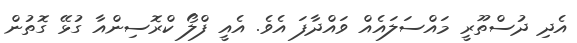
އެދި ދުސްތޫރީ މައްސަލައެއް ވައްދާފަ އެވެ. އެއީ ފްލޯ ކްރޮސިންއާ ގުޅޭ ގޮތުން